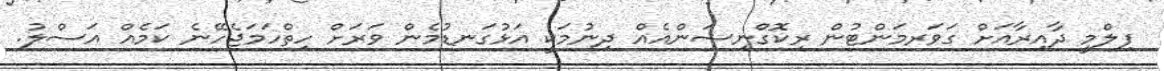
ފިލްމީ ދާއިރާއަށް ގަވަރމަންޓުން ރިކޮގްނިޝަންއެއް ދިނުމަކީ އަޅުގަނޑުމެން ވަރަށް ހިތްހަމަޖެހޭނެ ކަމެއް އަސްލު.